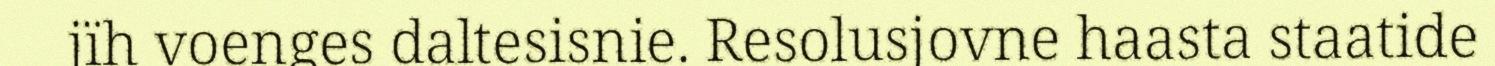
jïh voenges daltesisnie. Resolusjovne haasta staatide